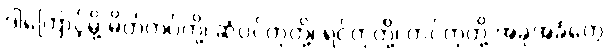
ဒါကြောင့်မို့ မိတ်ကပ်တို့၊ ဆံပင်တုတို့၊ ရင်တုတို့၊ တင်တုတို့ အခုအခံတွေ